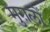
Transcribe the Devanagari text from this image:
मुग़लोँ